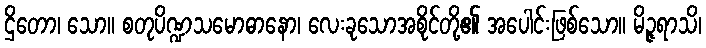
ဌိတော၊ သော။ စတုပိဏ္ဍသမောဓာနော၊ လေးခုသောအစိုင်တို့၏ အပေါင်းဖြစ်သော။ မိဉ္ဇရာသိ၊